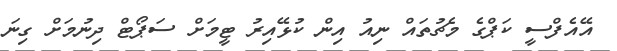
އޭއެފްސީ ކަޕްގެ މެޗުތައް ނިއު އިން ކުޅޭއިރު ޓީމަށް ސަޕޯޓް ދިނުމަށް ގިނަ